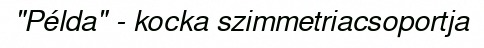
"Példa" - kocka szimmetriacsoportja